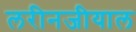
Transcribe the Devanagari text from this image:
लरीनजीयाल